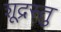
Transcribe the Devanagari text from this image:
शूद्रस्तु